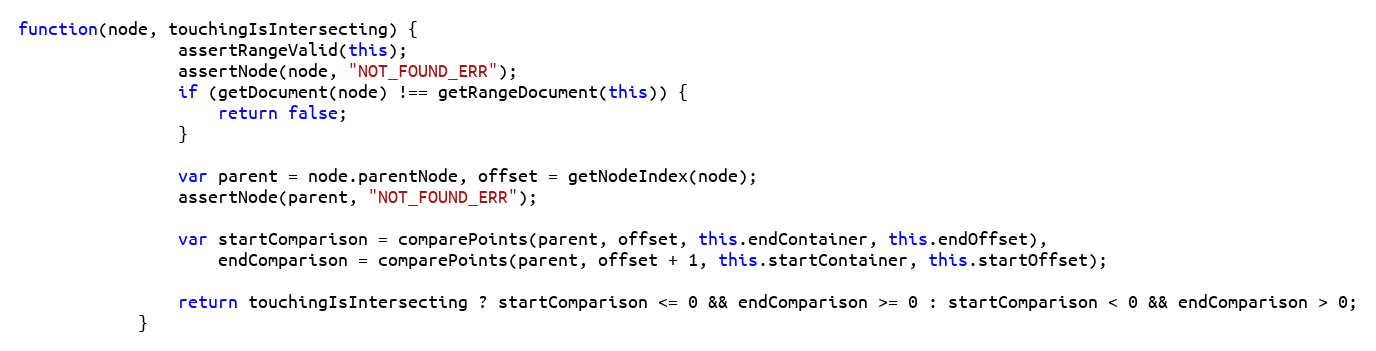
Language: JavaScript
function(node, touchingIsIntersecting) {
                assertRangeValid(this);
                assertNode(node, "NOT_FOUND_ERR");
                if (getDocument(node) !== getRangeDocument(this)) {
                    return false;
                }

                var parent = node.parentNode, offset = getNodeIndex(node);
                assertNode(parent, "NOT_FOUND_ERR");

                var startComparison = comparePoints(parent, offset, this.endContainer, this.endOffset),
                    endComparison = comparePoints(parent, offset + 1, this.startContainer, this.startOffset);

                return touchingIsIntersecting ? startComparison <= 0 && endComparison >= 0 : startComparison < 0 && endComparison > 0;
            }